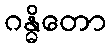
ဂန္ဓိတော